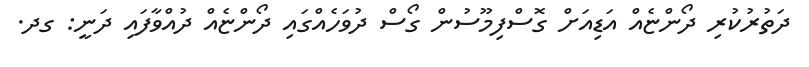
ދަތުރުކުރި ދޯންޏެއް އަޑިއަށް ގޮސްފިމޫސުން ގޯސް ދުވަހެއްގައި ދޯންޏެއް ދުއްވާފައި ދަނީ: ގދ.